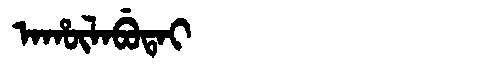
Manchu: ᠠᡥᡡᠯᠠᠪᡠᡨᠠᡳ
Romanization: AHŪLABUTAI